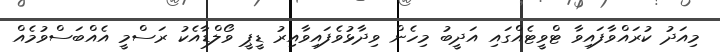
މިއަދު ކުރައްވާފައިވާ ޓްވީޓެއްގައި އަދީބު މިހެން ވިދާޅުވެފައިވާއިރު ޑީޕީ ވޯލްޑާއެކު ރަސްމީ އެއްބަސްވުމެއް